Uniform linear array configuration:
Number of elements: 32
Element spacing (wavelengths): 0.75
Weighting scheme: kaiser
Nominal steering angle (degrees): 0
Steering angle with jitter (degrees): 1.062
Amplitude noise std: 0.05
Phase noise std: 0.05

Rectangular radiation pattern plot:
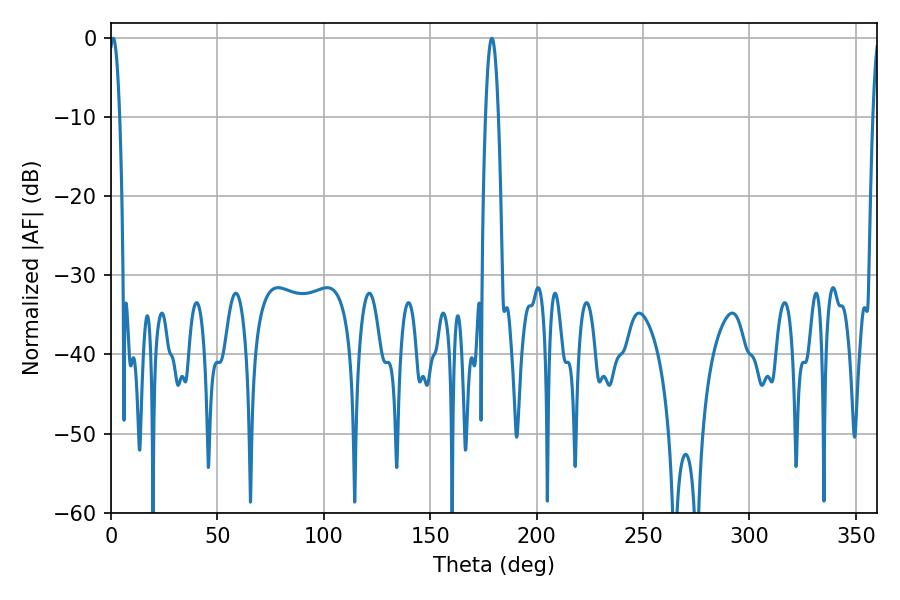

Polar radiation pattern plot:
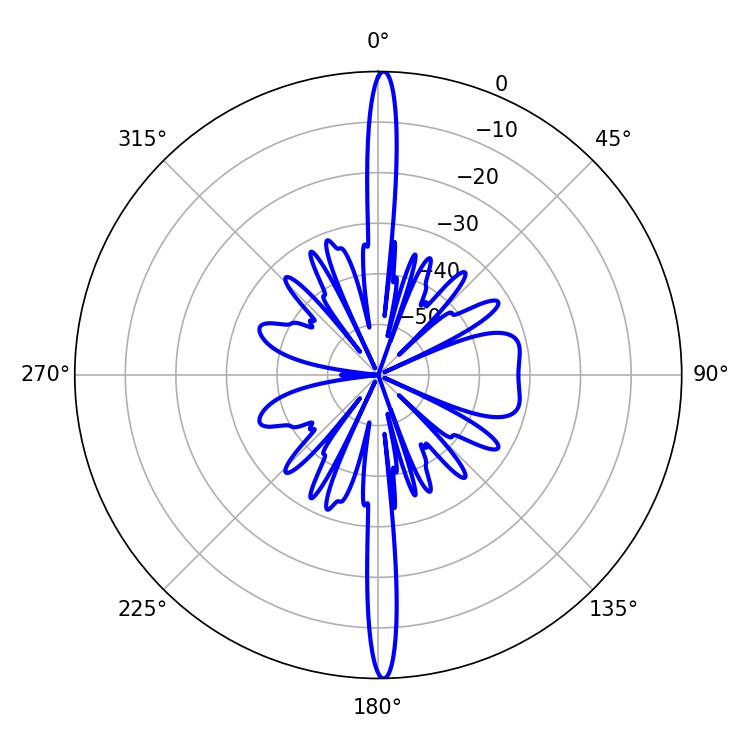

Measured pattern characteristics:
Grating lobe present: TRUE
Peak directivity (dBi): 28.867
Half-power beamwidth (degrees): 2.7
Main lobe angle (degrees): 1.08